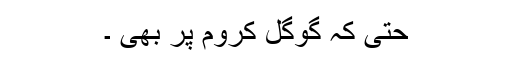
حتی کہ گوگل کروم پر بھی ۔